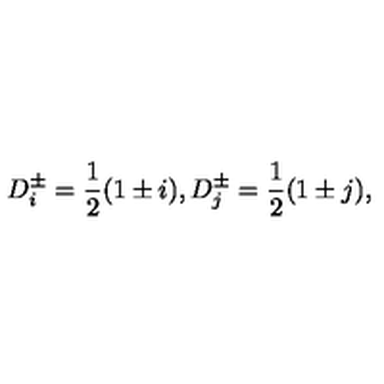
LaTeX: D _ { i } ^ { \pm } = \frac { 1 } { 2 } ( 1 \pm i ) , D _ { j } ^ { \pm } = \frac { 1 } { 2 } ( 1 \pm j ) ,